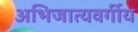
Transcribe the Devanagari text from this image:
अभिजात्यवर्गीय